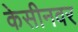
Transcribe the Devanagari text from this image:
केसीनवर